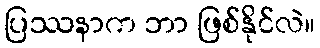
ပြဿနာက ဘာ ဖြစ်နိုင်လဲ။